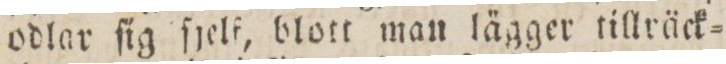
odlar ſig ſjelf, blott man lägger tillräck=